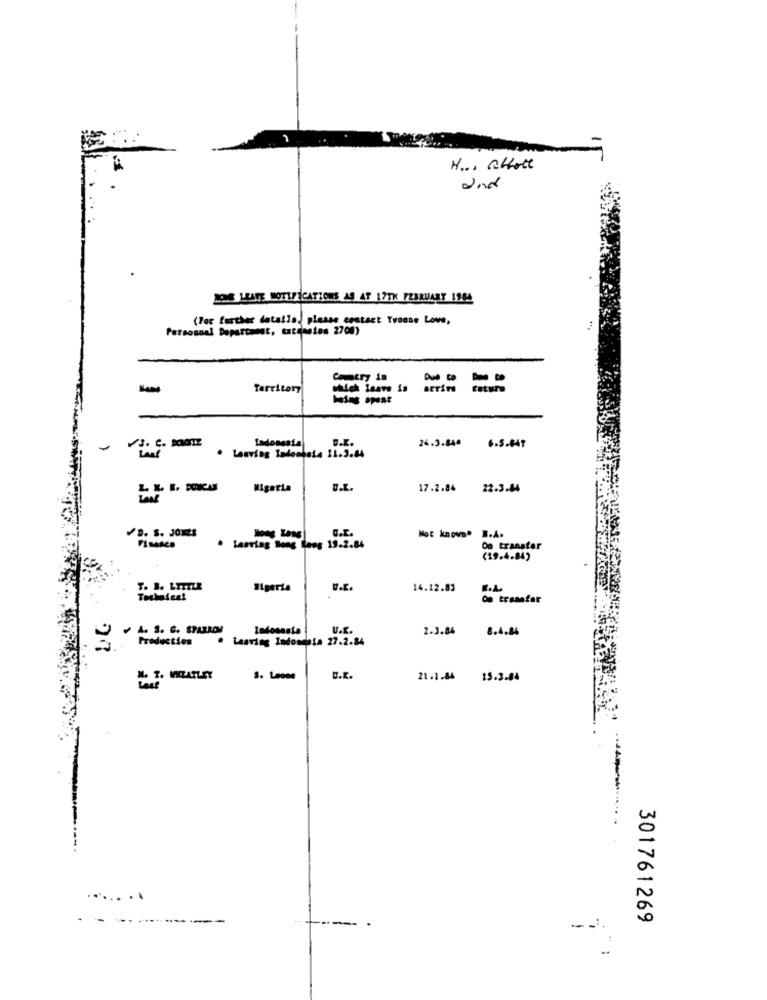
H ... CHott
Und
BONE LRATE NOTIFICATIONS AS AT 17TH FEBRUARY 1984
(For further detalle, please contact Yvonne Love,
Personnel Department, txtdantes 2700)
Due to
Territory
Indonesia
D.K.
24.3.840
6.5.647
. Leaving Isdeassis 11.3.44
Nigeria
17.2.84
22.3.84
G.E.
/D. S. JONES
Not known. I.A.
· tasriag long Lees 19.2.84
On transfer
(19.4.84)
Sigerta
14.12.83
R.L
Technical
On trasafar
Indossate
U.r.
2.3.84
8.4.84
Production
. Laaring Indomia 27.2.84
I. WATLEY
3. Leone
U.K.
21.1.84 15.3.84
..... ..
- --
301761269